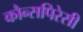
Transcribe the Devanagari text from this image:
कौन्सपिरेसी